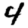
Digit: 4